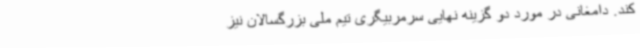
کند. دامغانی در مورد دو گزینه نهایی سرمربیگری تیم ملی بزرگسالان نیز